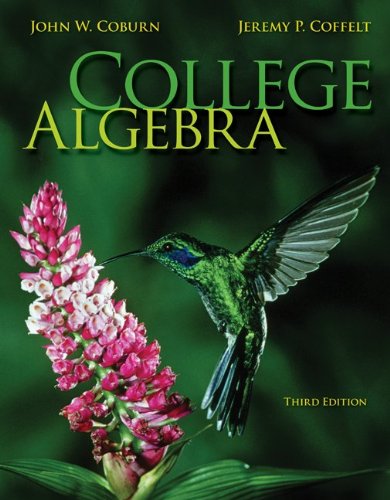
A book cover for College Algebra; John W. Coburn; Science & Math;